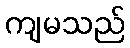
ကျမသည်